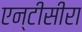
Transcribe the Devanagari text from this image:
एन्टीसीरा